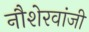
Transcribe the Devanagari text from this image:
नौशेरवांजी